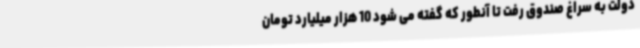
دولت به سراغ صندوق رفت تا آنطور که گفته می شود 10 هزار میلیارد تومان